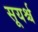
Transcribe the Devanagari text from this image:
सूयर्श्च